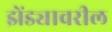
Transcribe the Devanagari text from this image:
झेंड्यावरील